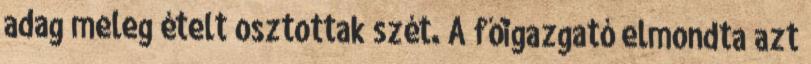
adag meleg ételt osztottak szét. A főigazgató elmondta azt